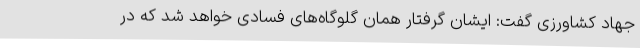
جهاد کشاورزی گفت: ایشان گرفتار همان گلوگاه‌های فسادی خواهد شد که در